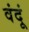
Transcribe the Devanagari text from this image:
वंदूं